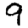
Digit: 9